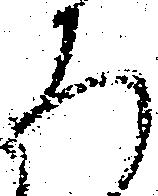
ろ